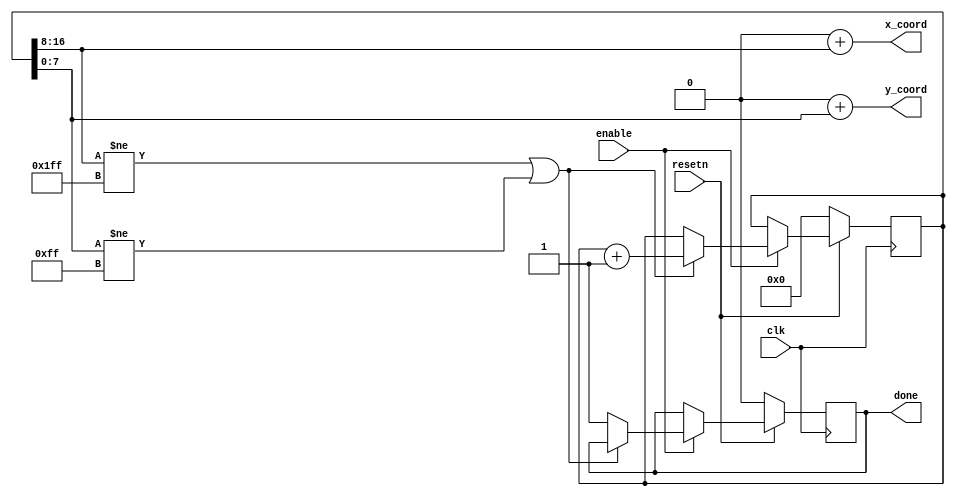
module plot_black(clk, resetn, enable, x_coord, y_coord, done);
    input clk;
    input resetn;
	input enable;  
    output [8:0] x_coord; // X value to plot
	output [7:0] y_coord; // Y value to plot
	output reg done;

    // store iteration count
	reg [16:0] counter; // counter[16:8] is x plot, counter [7:0] is y plot

    
    // Registers x, y with respective input logic
    always @ (posedge clk) begin
        if (!resetn) begin
			done <= 1'b0;
			counter <= 17'b0;
        end
		else begin
			if (enable) begin
				if (counter[16:8] != (9'b111111111) || counter[7:0] != (8'b11111111)) begin
					counter <= counter + 1'b1;
				end
				else begin
					done <= 1'b1;
				end
			end
		end
    end

	assign x_coord = 9'b0 + counter[16:8];
	assign y_coord = 8'b0 + counter[7:0]; 
endmodule